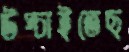
উপ্‌চাইতেছ